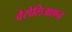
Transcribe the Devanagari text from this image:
वैरोलिअशन